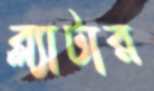
ব্ল্যাটার